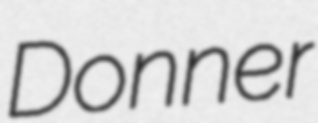
Donner